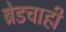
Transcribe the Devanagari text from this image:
ब्रेडचाही